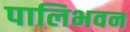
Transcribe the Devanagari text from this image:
पालिभवन